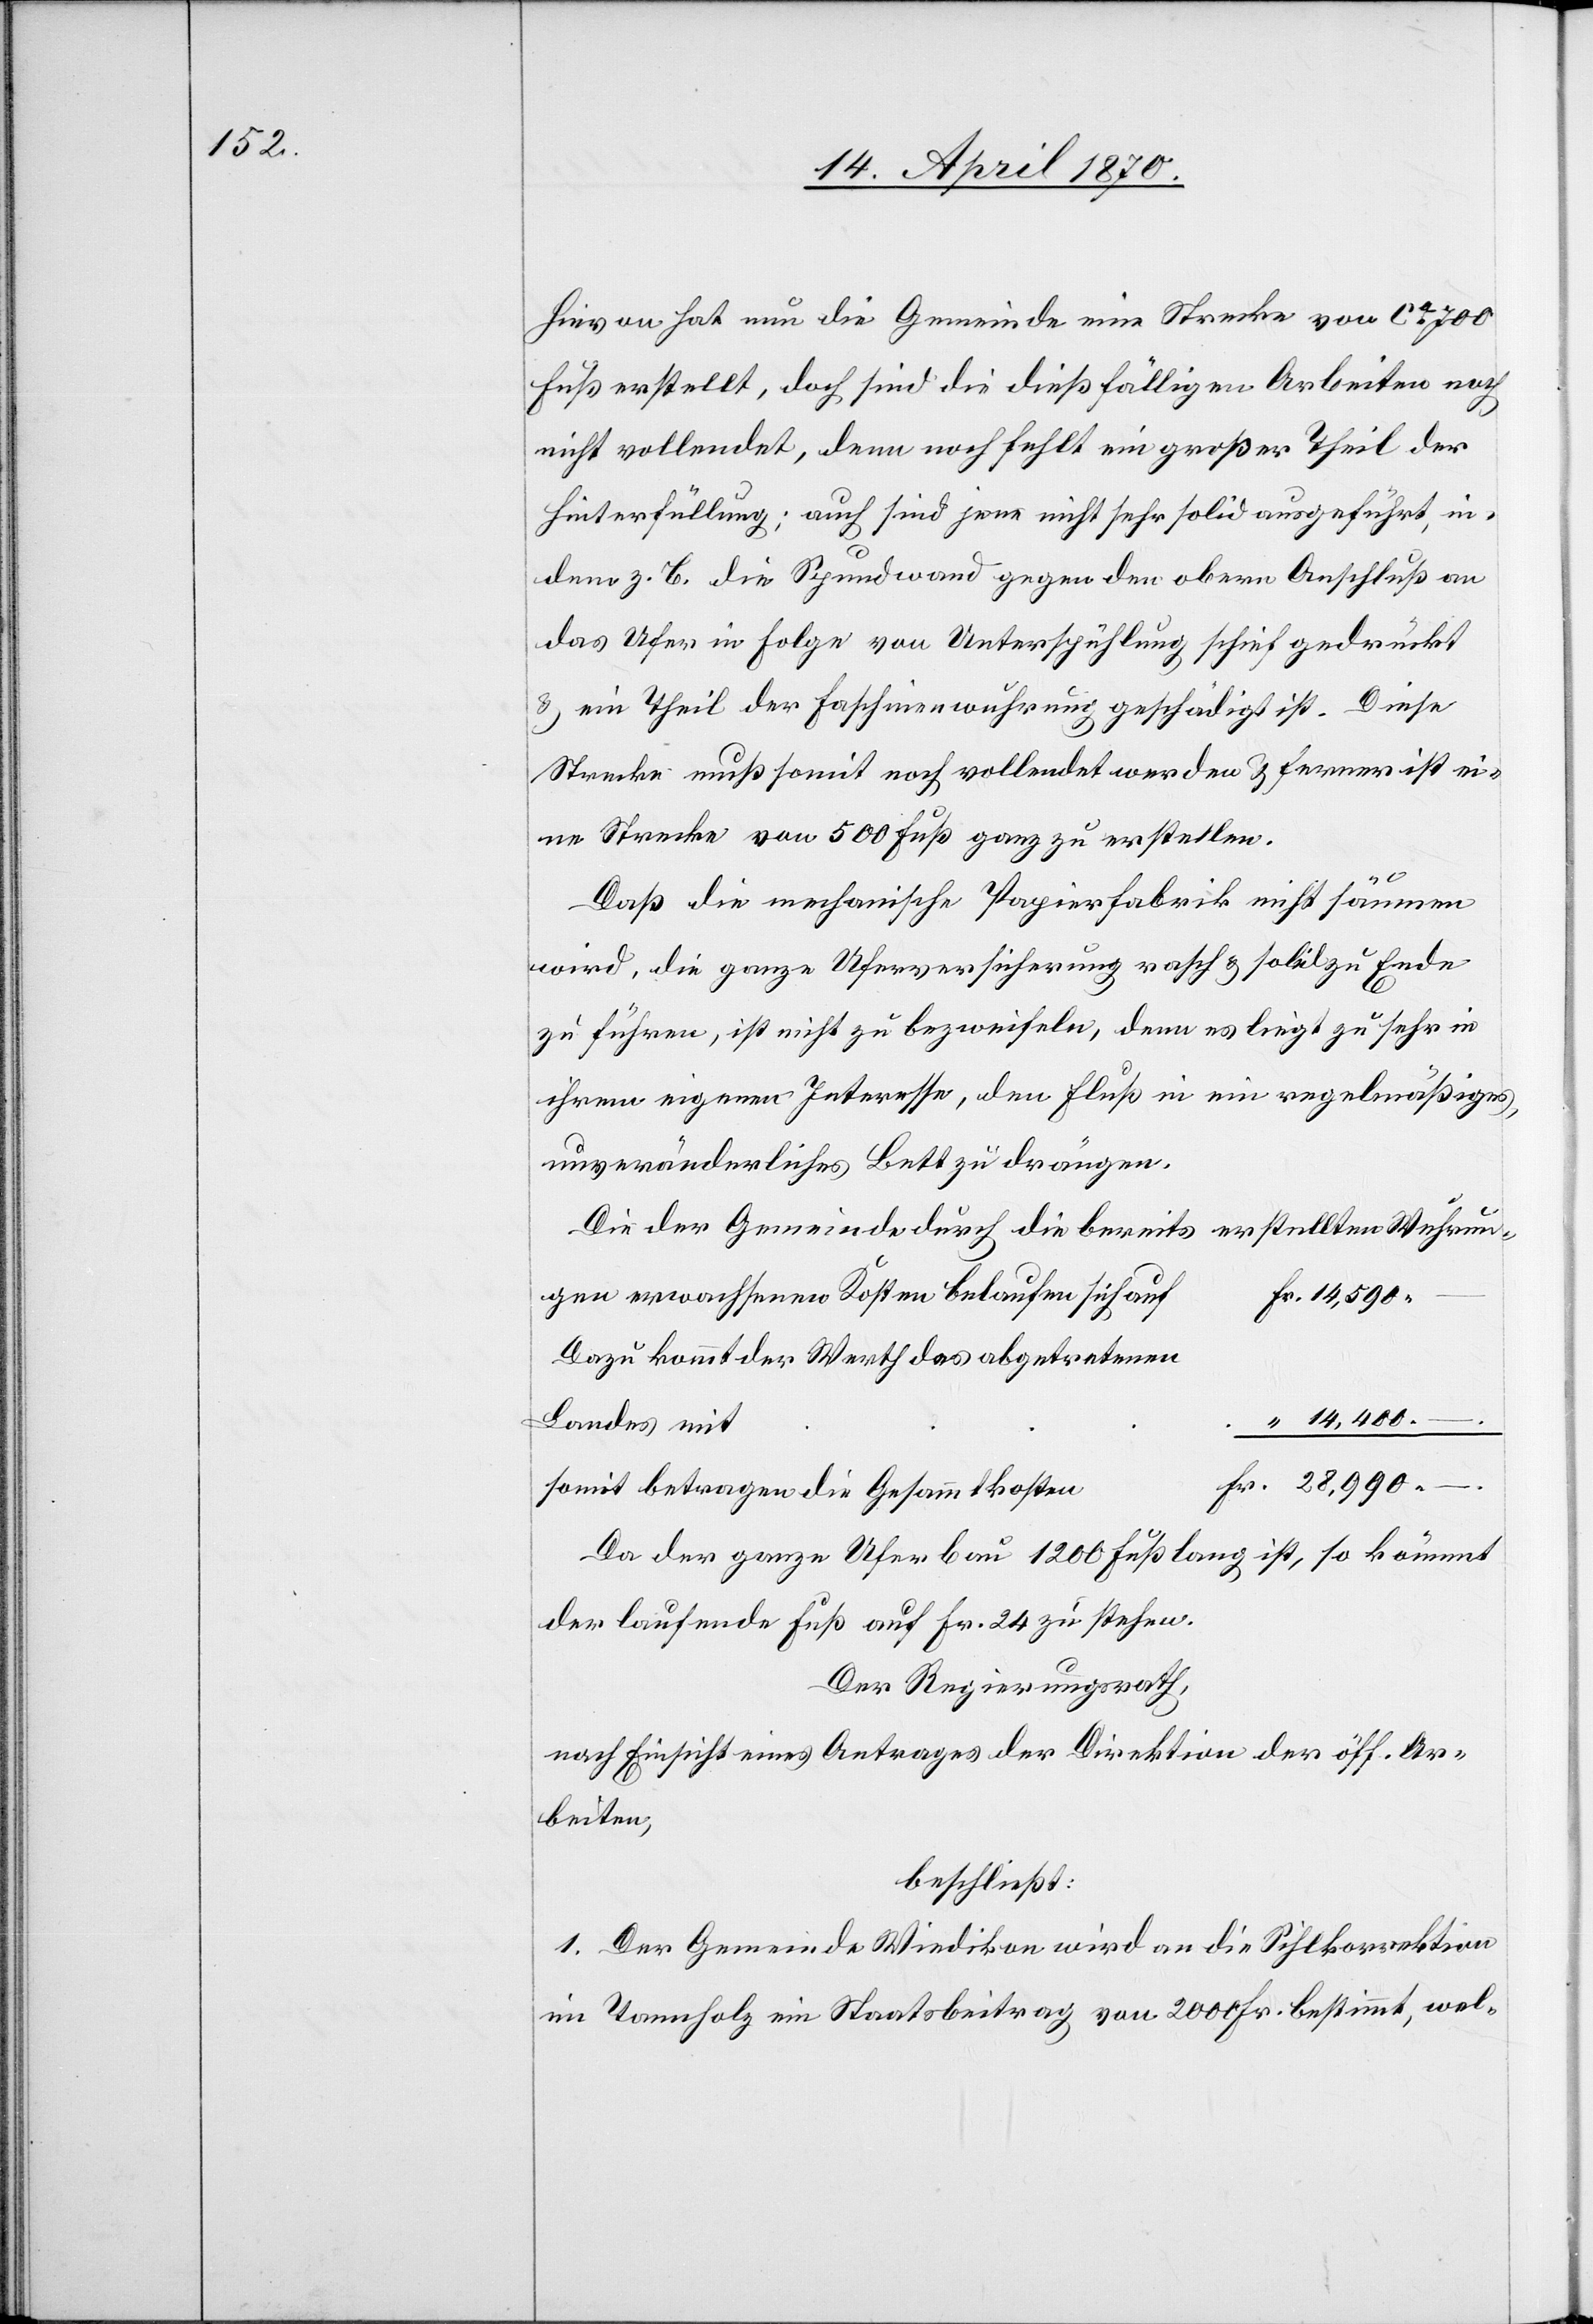
Hievon hat nun die Gemeinde eine Strecke von ca 700
Fuß erstellt, doch sind die dießfälligen Arbeiten noch
nicht vollendet, denn noch fehlt ein großer Theil der
Hinterfüllung; auch sind jene nicht sehr solid ausgeführt, in¬
Fr.
dem z. B. die Spundwand gegen den obern Anschluß an
das Ufer in Folge von Unterspühlung schief gedrückt
& ein Theil der Faschinenwuhrung geschädigt ist. Diese
Strecke muß somit noch vollendet werden & ferner ist ei¬
ne Strecke von 500 Fuß ganz zu erstellen.
Daß die mechanische Papierfabrik nicht säumen
wird, die ganze Uferversicherung rasch & solide zu Ende
zu führen, ist nicht zu bezweifeln, denn es liegt zu sehr in
ihrem eigenen Interesse, den Fluß in ein regelmäßiges,
unveränderliches Bett zu drängen.
Die der Gemeinde durch die bereits erstellten Wuhrun¬
Dazu kommt der Werth des abgetretenen
Landes mit
–
gen
somit betragen die Gesammtkosten
Da der ganze Uferbau 1200 Fuß lang ist, so kömmt
der laufende Fuß auf Fr. 24 zu stehen.
Der Regierungsrath,
nach Einsicht eines Antrages der Direktion der öff. Ar¬
beiten,
beschließt:
1. Der Gemeinde Wiedikon wird an die Sihlkorrektion
im Tannholz ein Staatsbeitrag von 2000 Fr. bestimmt, wel-